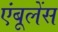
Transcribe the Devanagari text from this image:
एंबूलेंस